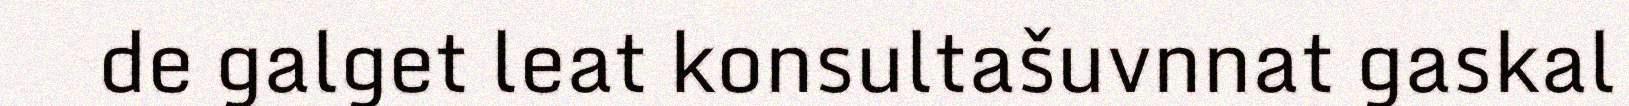
de galget leat konsultašuvnnat gaskal